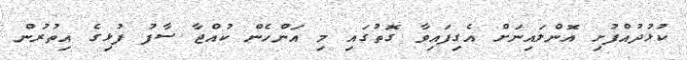
ކުޅުދުއްފުށި އޮންލައިނަށް އެގިފައިވާ ގޮތުގައި މި އަންހެން ކުއްޖާ ސާފު ފުޅިގެ އިތުރުން